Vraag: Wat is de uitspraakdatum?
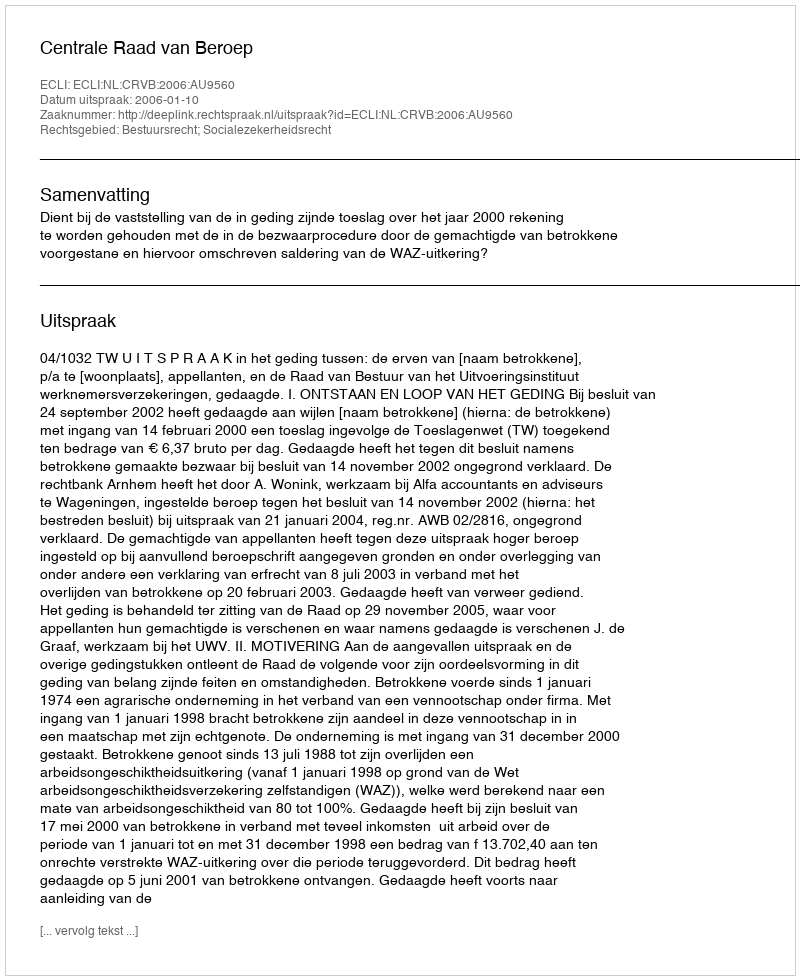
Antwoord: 2006-01-10